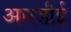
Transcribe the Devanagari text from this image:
आरडीई